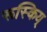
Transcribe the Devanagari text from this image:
रूस्किय्